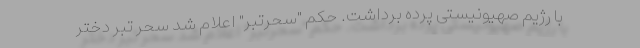
با رژیم صهیونیستی پرده برداشت. حکم "سحرتبر" اعلام شد سحر تبر دختر